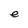
Character: e